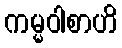
ကမ္မဝါစာဟိ